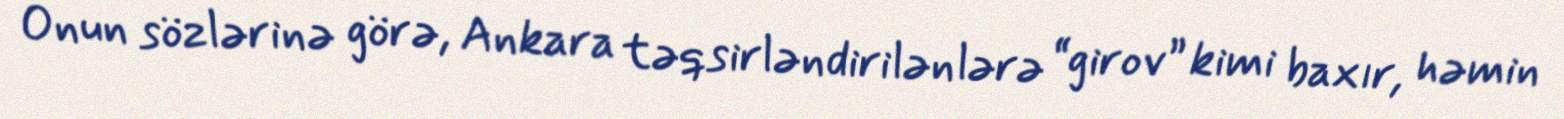
Onun sözlərinə görə, Ankara təqsirləndirilənlərə “girov” kimi baxır, həmin